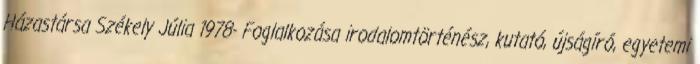
Házastársa Székely Júlia 1978- Foglalkozása irodalomtörténész, kutató, újságíró, egyetemi